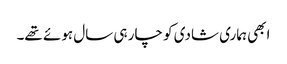
ابھی ہماری شادی کو چار ہی سال ہوئے تھے۔